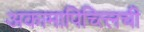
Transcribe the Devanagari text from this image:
अकामापिच्त्लिची